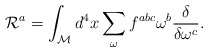
\begin{align*}{\cal R}^{a} = \int_{\cal M} d^{4}x \sum_{\omega} f^{abc} \omega^{b} \frac{\delta}{\delta \omega^{c}}.\end{align*}